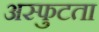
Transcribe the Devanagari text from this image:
अस्फुटता